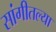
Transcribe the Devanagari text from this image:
सांगीतल्या